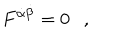
LaTeX: F ^ { \dot { \alpha } \dot { \beta } } = 0 \ \ \ ,